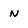
Character: N